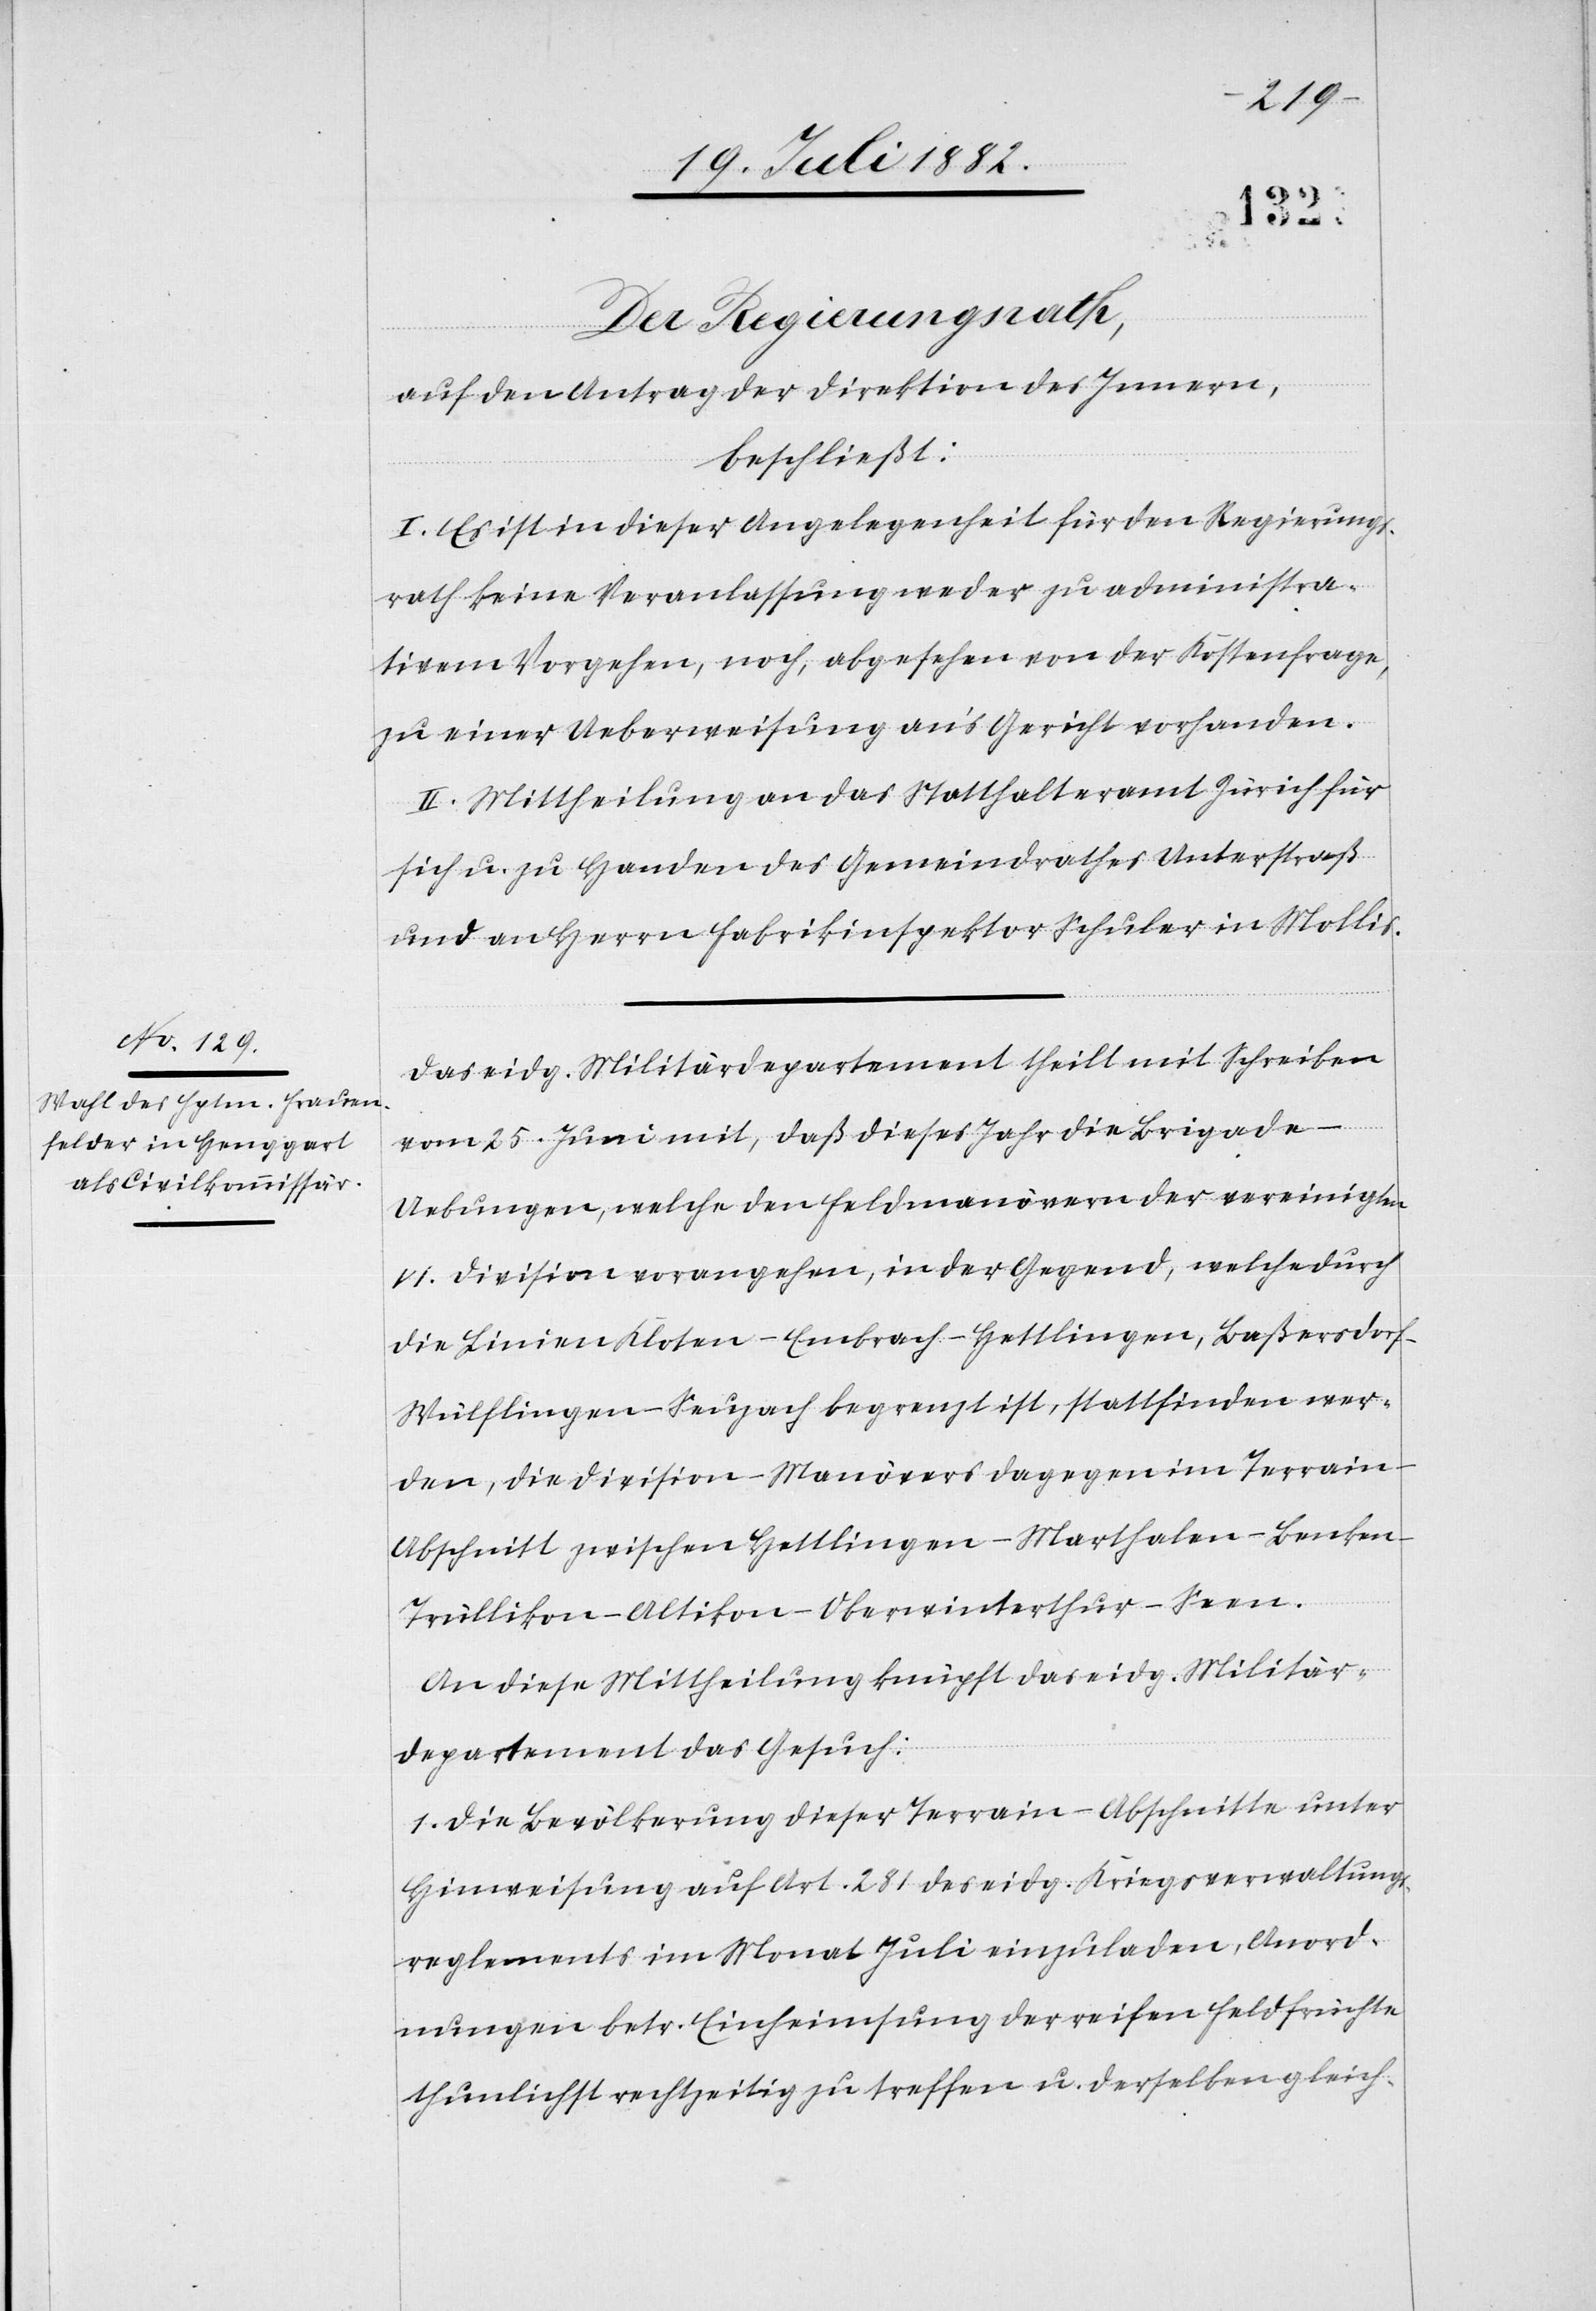
Der Regierungsrath,
auf den Antrag der Direktion des Innern,
beschließt:
I. Es ist in dieser Angelegenheit für den Regierungs¬
rath keine Veranlassung weder zu administra¬
tivem Vorgehen, noch, abgesehen von der Kostenfrage,
zu einer Ueberweisung an’s Gericht vorhanden.
II. Mittheilung an das Statthalteramt Zürich für
sich u. zu Handen des Gemeindrathes Unterstraß
und an Herrn Fabrikinspektor Schuler in Mollis.
Das eidg. Militärdepartement theilt mit Schreiben
vom 25. Juni mit, daß dieses Jahr die Brigade-U¬
ebungen, welche den Feldmanövern der vereinigten
VI. Division vorangehen, in der Gegend, welche durch
die Linien Kloten–Embrach–Hettlingen, Baßersdorf–W¬
ülflingen–Seuzach begrenzt ist, stattfinden wer¬
den, die Divisions-Manövers dagegen im Terrain-A¬
bschnitt zwischen Hettlingen–Marthalen–Benke¬
n–Trüllikon–Altikon–Oberwinterthur–Seen.
An diese Mittheilung knüpft das eidg. Militär¬
departement das Gesuch:
1. Die Bevölkerung dieser Terrain-Abschnitte unter
Hinweisung auf Art. 281 des eidg. Kriegsverwaltungs¬
reglements im Monat Juli einzuladen, Anord¬
nungen betr. Einheimsung der reifen Feldfrüchte
thunlichst rechtzeitig zu treffen u. derselben gleich-